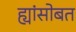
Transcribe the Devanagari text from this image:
ह्यांसोबत